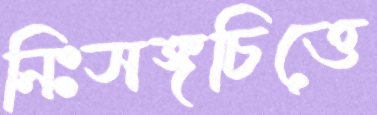
নিঃসঙ্গচিত্তে